Civil Veterinary Department. Madras. Admin. report 1926-33 - 1926-1933
Year: 1926
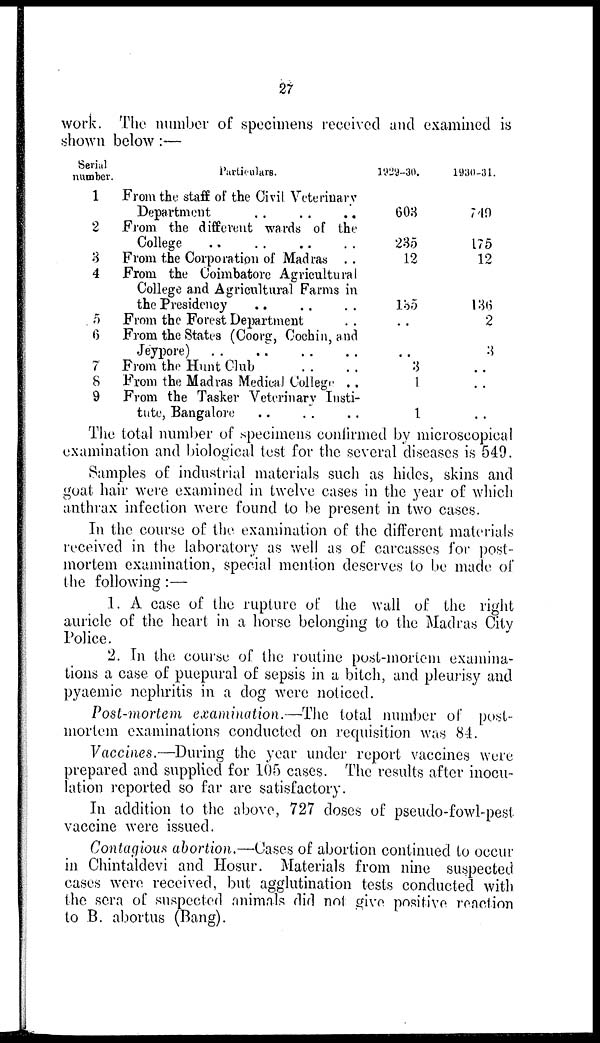
27
work. The number of specimens received and examined is
shown below :—
Serial
number.
1
2
3
4
5
6
7
8
9
Particulars.
From the staff of the Civil Veterinary
Department .. .. ..
From the different wards of the
College .. .. .. .. ..
From the Corporation of Madras ..
From the Coimbatore Agricultural
College and Agricultural Farms in
the Presidency .. .. ..
From the Forest Department ..
From the States (Coorg, Cochin, and
Jeypore) .. .. .. ..
From the Hunt Club .. ..
From the Madras Medical College ..
From the Tasker Veterinary Insti-
tute, Bangalore .. .. ..
1929-30.
603
235
12
135
..
..
3
1
1
1930-31.
749
175
12
136
2
3
..
..
..
The total number of specimens confirmed by microscopical
examination and biological test for the several diseases is 549.
Samples of industrial materials such as hides, skins and
goat hair were examined in twelve cases in the year of which
anthrax infection were found to be present in two cases.
In the course of the examination of the different materials
received in the laboratory as well as of carcasses for post-
mortem examination, special mention deserves to be made of
the following :—
1. A case of the rupture of the wall of the right
auricle of the heart in a horse belonging to the Madras City
Police.
2. In the course of the routine post-mortem examina-
tions a case of puepural of sepsis in a bitch, and pleurisy and
pyaemic nephritis in a dog were noticed.
Post-mortem examination.—The total number of post-
mortem examinations conducted on requisition was 84.
Vaccines.—During the year under report vaccines were
prepared and supplied for 105 cases. The results after inocu-
lation reported so far are satisfactory.
In addition to the above, 727 doses of pseudo-fowl-pest
vaccine were issued.
Contagious abortion.—Cases of abortion continued to occur
in Chintaldevi and Hosur. Materials from nine suspected
cases were received, but agglutination tests conducted with
the sera of suspected animals did not give positive reaction
to B. abortus (Bang).